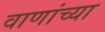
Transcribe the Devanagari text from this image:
वाणांच्या